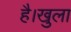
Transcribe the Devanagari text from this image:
है।खुला